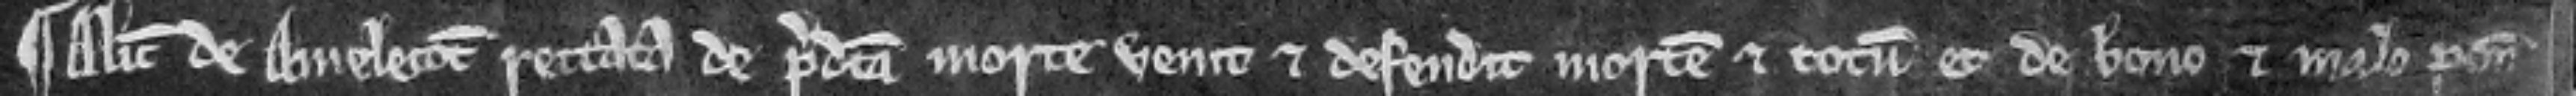
¶ Alicia de Auielecot rettata de predicta morte venit et defendit mortem et totum et de bono et malo ponit